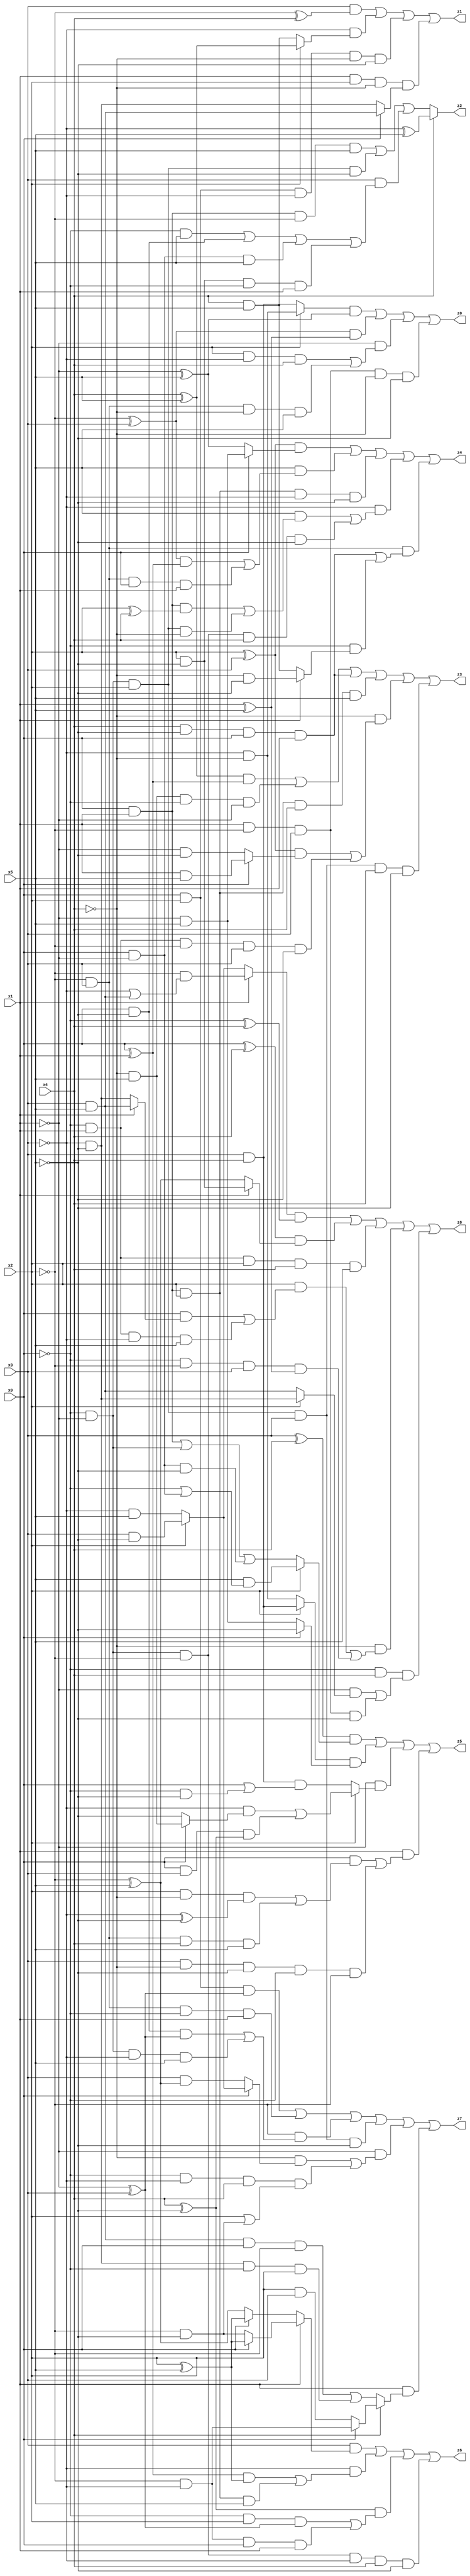
// Benchmark "X_6" written by ABC on Mon Jun 05 22:59:22 2023

module X_6 ( 
    x0, x1, x2, x3, x4, x5,
    z0, z1, z2, z3, z4, z5, z6, z7, z8  );
  input  x0, x1, x2, x3, x4, x5;
  output z0, z1, z2, z3, z4, z5, z6, z7, z8;
  assign z0 = ((x2 ? (~x3 & ~x4) : (x3 & x4)) & (~x1 ^ x5)) | ((~x2 ^ x3) & (x1 ^ x5)) | (~x1 & ((x2 & ~x3 & x4) | (~x2 & x3 & ~x4 & x5))) | (x1 & ~x2 & x3 & ~x4 & ~x5);
  assign z1 = (x3 & (~x2 ^ x4)) | (~x3 & (x2 ? (x4 ^ x5) : (x4 & x5))) | (x0 & x2 & ~x3 & ~x4 & ~x5) | (x1 & x2 & ~x4 & (x0 ? (x3 & x5) : (~x3 & ~x5)));
  assign z2 = x4 ? (~x3 ^ x5) : ((x0 & x1 & ~x2 & x5) | (~x0 & ~x1 & x2 & ~x5) | (x3 & ((~x0 & x5) | (x0 & ~x5) | (x0 & ~x1 & x5) | (x2 & ~x5 & ~x0 & x1))));
  assign z3 = ((x4 ^ x5) & (x0 ^ x1)) | (~x4 & x5 & ~x0 & ~x1) | (x4 & ~x5 & x0 & x1) | (x0 & x1 & x2 & x4 & x5) | (~x4 & (((x2 ^ x3) & (x0 ? (x1 & x5) : (~x1 & ~x5))) | (~x0 & x1 & ~x2 & x3 & ~x5))) | (~x0 & ~x1 & x2 & x3 & x4 & ~x5);
  assign z4 = ((x2 ^ x3) & (x0 ? (~x1 & x5) : (~x1 ^ x5))) | (x5 & (((~x2 ^ x3) & (x0 ^ x1)) | (~x2 & x3 & x0 & x1))) | (x0 & x1 & x2 & ~x3 & ~x5) | (~x3 & ((x5 & ((x0 & x1 & (x2 ^ x4)) | (~x0 & ~x1 & x2 & ~x4))) | (~x0 & ~x1 & ~x2 & x4 & ~x5))) | (~x2 & x3 & ((x4 & ~x5 & x0 & x1) | (~x0 & (x1 ? (~x4 & ~x5) : (x4 & x5)))));
  assign z5 = ((x3 ^ x4) & (x2 ? (x5 & (~x0 | (x0 & ~x1))) : ((x0 & x1) | (~x0 & ~x1) | (x0 & ~x1 & ~x5)))) | ((x2 ? (x3 & x4) : (~x3 & ~x4)) & (x0 ? ~x5 : (~x1 & x5))) | (~x1 & (x2 ? ((~x3 & (x0 ? (~x4 & x5) : ~x5)) | (x0 & x3 & (x4 ^ ~x5))) : (x3 & x4 & (x0 | (~x0 & ~x5))))) | (x1 & ((x0 & ((x2 & ~x4 & (~x3 ^ ~x5)) | (~x2 & x3 & x4 & x5))) | (x3 & ~x4 & ~x5 & ~x0 & ~x2)));
  assign z6 = (x3 & (x1 ? (x0 ? (x2 ^ x5) : (~x2 & ~x5)) : (x0 ? (x2 ^ x5) : (~x2 ^ x5)))) | (~x3 & (((x0 ^ x1) & (x2 ^ x5)) | (x0 & x1 & x2 & x5))) | ((x4 ^ ~x5) & ((~x0 & x2 & (~x1 ^ x3)) | (~x2 & ~x3 & x0 & x1))) | (~x0 & ~x1 & ~x2 & ~x3 & x4 & ~x5);
  assign z7 = (x0 & x2 & (~x1 ^ x3)) | (~x2 & x3 & ~x0 & x1) | (~x2 & ((x0 & ~x5 & (~x1 ^ x3)) | (~x0 & ~x1 & ~x3 & x5))) | (~x0 & ~x1 & x2 & x3 & ~x5) | (~x1 & ((~x4 & (x0 ? (x2 ? (x3 & ~x5) : (~x3 & x5)) : (x3 & (~x2 ^ x5)))) | (~x0 & ~x3 & x4 & (x2 | (~x2 & ~x5))))) | (x1 & (x4 ? (x0 ? (~x2 & ~x3) : (x2 & x3)) : ((x3 & x5 & x0 & ~x2) | (~x3 & ~x5 & ~x0 & x2))));
  assign z8 = ((x1 ? (~x2 & (~x3 | (x3 & x5))) : (x2 ? (x3 & ~x5) : (~x3 & x5))) & (~x0 ^ x4)) | ((x0 ^ x4) & (x1 ? (x2 & ~x5) : (~x2 ^ x5))) | (~x0 & x1 & x2 & x4 & x5) | (~x4 & ((x2 & ((x0 & (x1 ? (x3 & x5) : (~x3 & ~x5))) | (~x0 & x1 & ~x3 & x5))) | (~x0 & ~x2 & x3 & (x1 ^ x5)))) | (~x0 & x4 & ((~x1 & (x2 ? (~x3 & ~x5) : (x3 & x5))) | (x1 & ~x2 & x3 & ~x5)));
endmodule